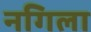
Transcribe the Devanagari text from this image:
नगिला